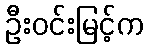
ဦးဝင်းမြင့်က